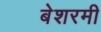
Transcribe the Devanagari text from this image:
बेशरमी